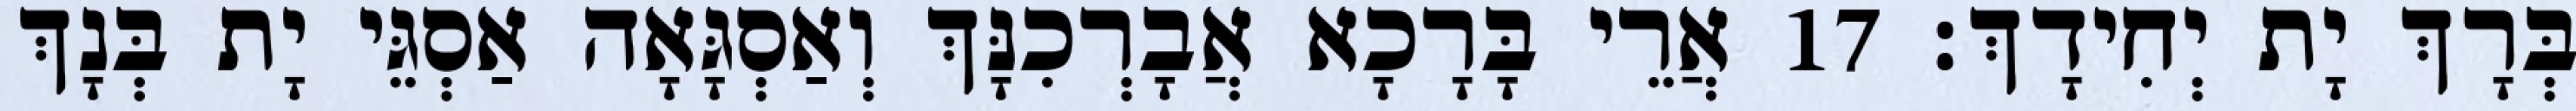
בְּרָךְ יָת יְחִידָךְ׃ 17 אֲרֵי בָּרָכָא אֲבָרְכִנָּךְ וְאַסְגָּאָה אַסְגֵּי יָת בְּנָךְ